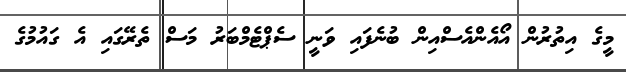
މީގެ އިތުރުން އޯއެންއެސްއިން ބުނެފައި ވަނީ ސެޕްޓެމްބަރު މަސް ތެރޭގައި އެ ގައުމުގެ